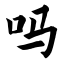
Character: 吗